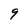
Character: 9